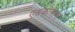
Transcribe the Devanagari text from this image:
एसकोलास